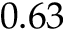
0 . 6 3